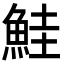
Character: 鮭